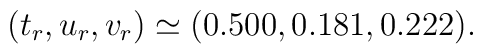
(t_r,u_r,v_r)\simeq (0.500,0.181,0.222) .